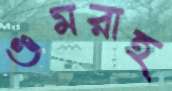
গুমরাহ্